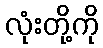
လုံးတို့ကို